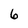
Character: 6